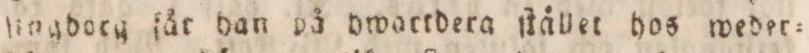
ſingdorg får han på hwartdera ſtållet hos weder=